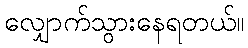
လျှောက်သွားနေရတယ်။